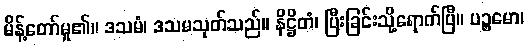
မိန့်တော်မူ၏။ ဒသမံ၊ ဒသမသုတ်သည်။ နိဋ္ဌိတံ၊ ပြီးခြင်းသို့ရောက်ပြီ။ ပဉ္စမော၊